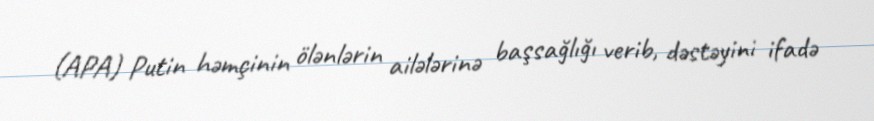
(APA) Putin həmçinin ölənlərin ailələrinə başsağlığı verib, dəstəyini ifadə